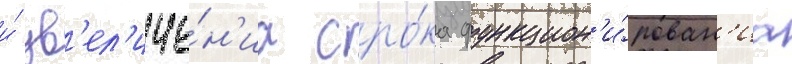
и́ ув'ел'иче́н'иа сро́ка функцион'и́рован'иа